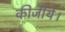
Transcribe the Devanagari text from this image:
कीजीये।